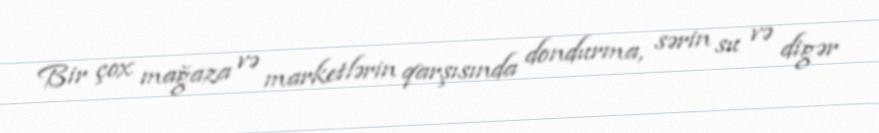
Bir çox mağaza və marketlərin qarşısında dondurma, sərin su və digər